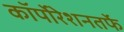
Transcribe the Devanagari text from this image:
कॉर्पोरेशनतर्फे